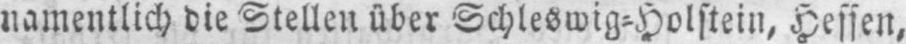
namentlich die Stellen über Schleswig⸗Holstein, Hessen,